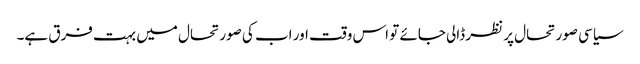
سیاسی صورتحال پر نظر ڈالی جائے تو اس وقت اور اب کی صورتحال میں بہت فرق ہے۔